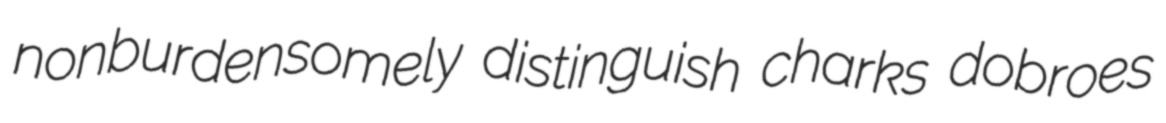
nonburdensomely distinguish charks dobroes